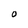
Character: O